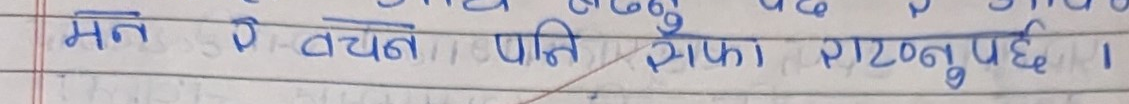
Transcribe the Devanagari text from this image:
मन र वचन पनि साफ़ राख्नुपर्छ।